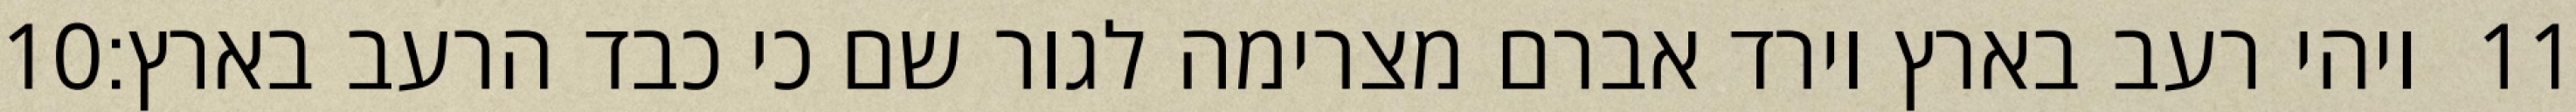
‎10‏ ויהי רעב בארץ וירד אברם מצרימה לגור שם כי כבד הרעב בארץ׃ ‎11‏